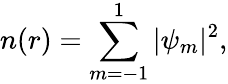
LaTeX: n(r)=\sum_{m=-1}^{1}|\psi_{m}|^{2},